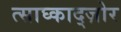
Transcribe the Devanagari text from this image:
त्साघ्काद्ज़ोर